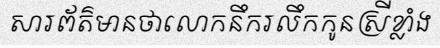
សារព័ត៌មានថាលោកនឹករលឹកកូនស្រីខ្លាំង